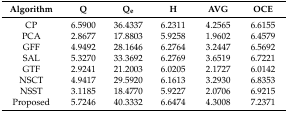
<table><thead><tr><td><b>Algorithm</b></td><td><b>Q</b></td><td><b>Q<sub>e</sub></b></td><td><b>H</b></td><td><b>AVG</b></td><td><b>OCE</b></td></tr></thead><tbody><tr><td>CP</td><td>6.5900</td><td>36.4337</td><td>6.2311</td><td>4.2565</td><td>6.6155</td></tr><tr><td>PCA</td><td>2.8677</td><td>17.8803</td><td>5.9258</td><td>1.9602</td><td>6.4579</td></tr><tr><td>GFF</td><td>4.9492</td><td>28.1646</td><td>6.2764</td><td>3.2447</td><td>6.5692</td></tr><tr><td>SAL</td><td>5.3270</td><td>33.3692</td><td>6.2769</td><td>3.6519</td><td>6.7221</td></tr><tr><td>GTF</td><td>2.9241</td><td>21.2003</td><td>6.0205</td><td>2.1727</td><td>6.0142</td></tr><tr><td>NSCT</td><td>4.9417</td><td>29.5920</td><td>6.1613</td><td>3.2930</td><td>6.8353</td></tr><tr><td>NSST</td><td>3.1185</td><td>18.4770</td><td>5.9227</td><td>2.0706</td><td>6.9215</td></tr><tr><td>Proposed</td><td>5.7246</td><td>40.3332</td><td>6.6474</td><td>4.3008</td><td>7.2371</td></tr></tbody></table>